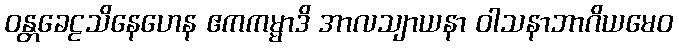
ဝန္တခေဠသိနေဟေန ဧကကမ္မာဒိ အာလသျာယနာ ဝါသနာဘာဂိယမေဝ